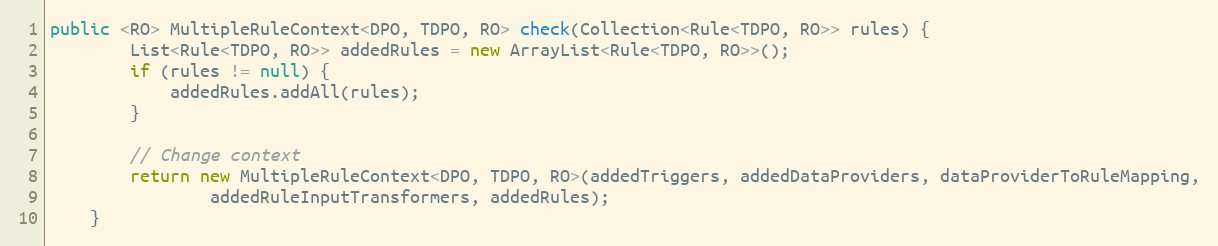
Language: Java
public <RO> MultipleRuleContext<DPO, TDPO, RO> check(Collection<Rule<TDPO, RO>> rules) {
        List<Rule<TDPO, RO>> addedRules = new ArrayList<Rule<TDPO, RO>>();
        if (rules != null) {
            addedRules.addAll(rules);
        }

        // Change context
        return new MultipleRuleContext<DPO, TDPO, RO>(addedTriggers, addedDataProviders, dataProviderToRuleMapping,
                addedRuleInputTransformers, addedRules);
    }